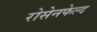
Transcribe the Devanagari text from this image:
रोसेनफेल्द